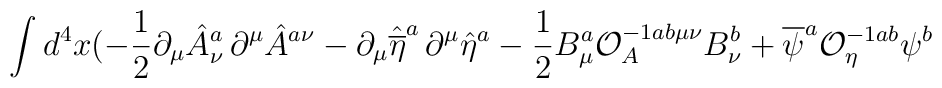
\int d^{4}x(-\frac{1}{2}\partial _{\mu }{\hat{A}}_{\nu }^{a}\, \partial ^{\mu }{\hat{A}}^{a\nu }-\partial _{\mu }{\hat{\overline{\eta}}} ^{a}\, \partial ^{\mu }{\hat{\eta}} ^{a}-\frac{1}{2}B_{\mu }^{a}{\mathcal{O}}_{A}^{-1ab\mu \nu }B_{\nu }^{b}+{\overline{\psi}} ^{a}{\mathcal{O}}_{\eta }^{-1ab}\psi ^{b}